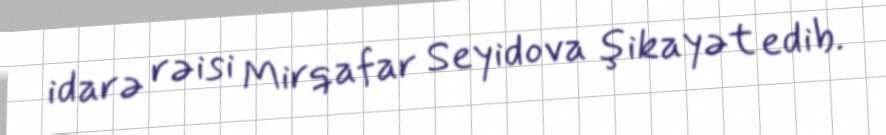
idarə rəisi Mirqafar Seyidova şikayət edib.